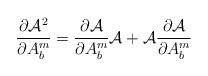
LaTeX: \begin{align*}\frac{\partial{\cal A}^2}{\partial A^m_b} =\frac{\partial {\cal A}}{\partial A^m_b}{\cal A}+{\cal A} \frac{\partial {\cal A}}{\partial A^m_b}\end{align*}